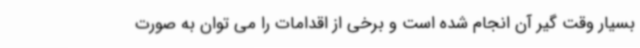
بسیار وقت گیر آن انجام شده است و برخی از اقدامات را می توان به صورت